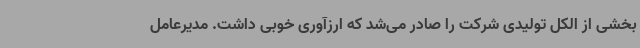
بخشی از الکل تولیدی شرکت را صادر می‌شد که ارزآوری خوبی داشت. مدیرعامل